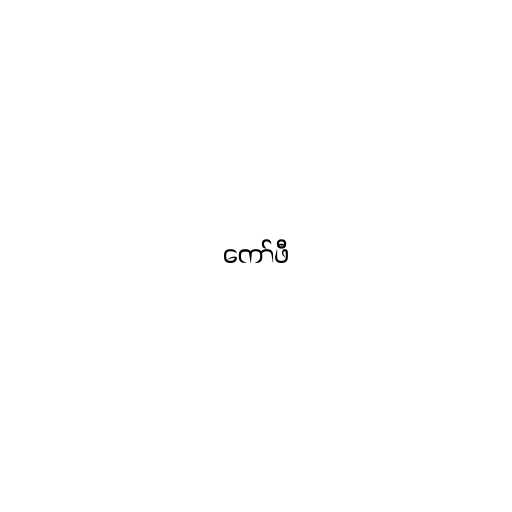
ကော်ဖီ